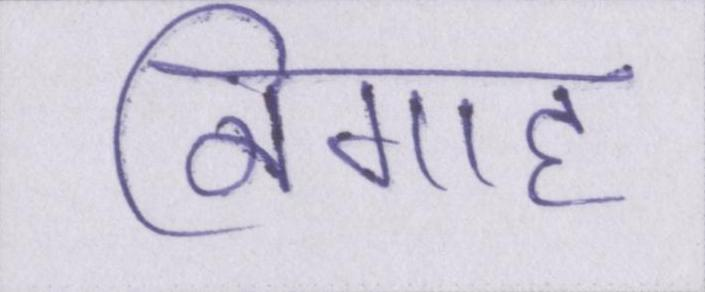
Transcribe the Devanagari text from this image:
निगाह